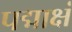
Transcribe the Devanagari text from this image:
पद्माक्षं